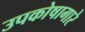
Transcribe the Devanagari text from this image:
उपकोषागारे